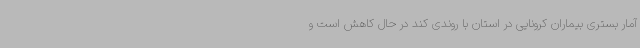
آمار بستری بیماران کرونایی در استان با روندی کند در حال کاهش است و